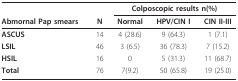
<table><thead><tr><td></td><td></td><td colspan="3"><b>Colposcopic results n(%)</b></td></tr><tr><td><b>Abmornal Pap smears</b></td><td><b>N</b></td><td><b>Normal</b></td><td><b>HPV/CIN I</b></td><td><b>CIN II-III</b></td></tr></thead><tbody><tr><td><b>ASCUS</b></td><td>14</td><td>4 (28.6)</td><td>9 (64.3)</td><td>1 (7.1)</td></tr><tr><td><b>LSIL</b></td><td>46</td><td>3 (6.5)</td><td>36 (78.3)</td><td>7 (15.2)</td></tr><tr><td><b>HSIL</b></td><td>16</td><td>0</td><td>5 (31.3)</td><td>11 (68.7)</td></tr><tr><td><b>Total</b></td><td>76</td><td>7(9.2)</td><td>50 (65.8)</td><td>19 (25.0)</td></tr></tbody></table>